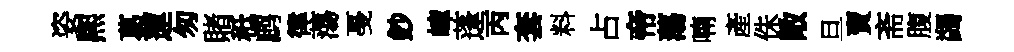
姿熈葛蓮匆賭秪鹧律蕩戞鈔嶂蓬丙套料占帝蕩喃產侏敞旦賣斋腹蠲